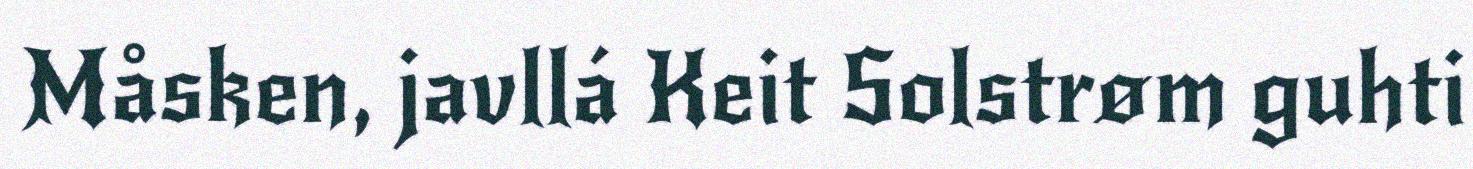
Måsken, javllá Keit Solstrøm guhti